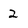
Character: 2